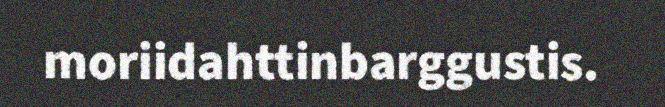
moriidahttinbarggustis.